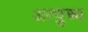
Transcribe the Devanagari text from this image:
अत्युच्य